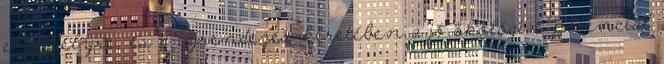
engedélyre, és a tájrendezés keretében a jó ökológiai potenciál